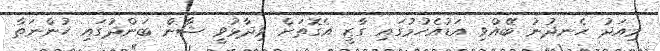
މިއަދު ހެނދުނު ބޭއްވި އަޑުއެހުމުގައި ގާޒީ އެގޮތަށް ވިދާޅުވީ ޝާން ބަންދުގައި ހުންނަތާ